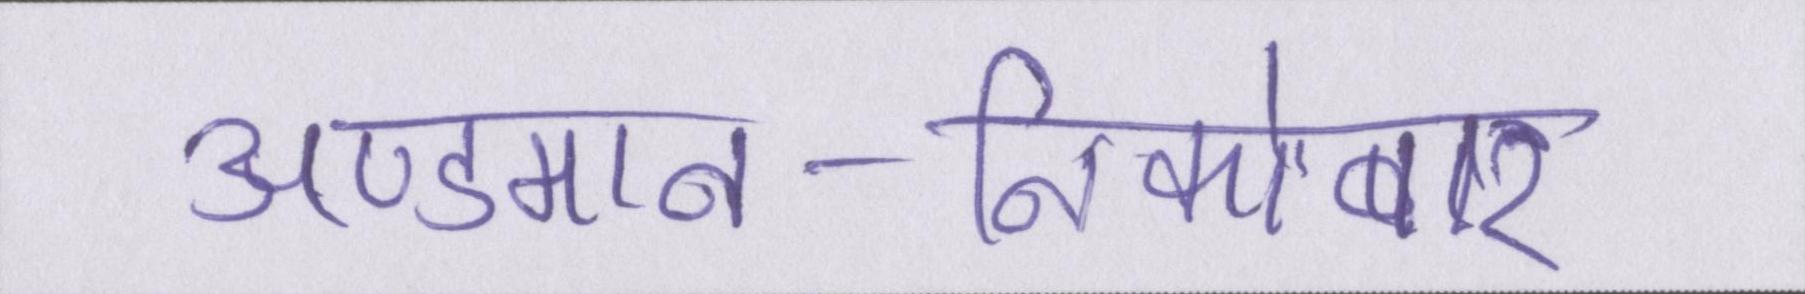
अण्डमान-निकोबार